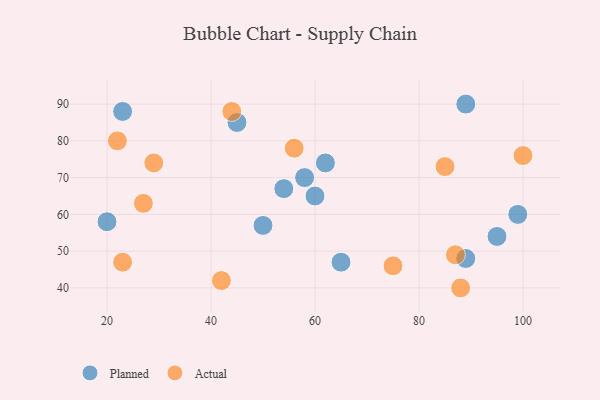
{"axis": {"x": "GDP", "y": "Life Expectancy"}, "legend": ["Actual", "Planned"], "data": [{"x": "95", "y": 54, "type": "Planned"}, {"x": "23", "y": 88, "type": "Planned"}, {"x": "60", "y": 65, "type": "Planned"}, {"x": "45", "y": 85, "type": "Planned"}, {"x": "20", "y": 58, "type": "Planned"}, {"x": "54", "y": 67, "type": "Planned"}, {"x": "65", "y": 47, "type": "Planned"}, {"x": "89", "y": 90, "type": "Planned"}, {"x": "89", "y": 48, "type": "Planned"}, {"x": "99", "y": 60, "type": "Planned"}, {"x": "62", "y": 74, "type": "Planned"}, {"x": "58", "y": 70, "type": "Planned"}, {"x": "50", "y": 57, "type": "Planned"}, {"x": "23", "y": 47, "type": "Actual"}, {"x": "22", "y": 80, "type": "Actual"}, {"x": "100", "y": 76, "type": "Actual"}, {"x": "27", "y": 63, "type": "Actual"}, {"x": "29", "y": 74, "type": "Actual"}, {"x": "88", "y": 40, "type": "Actual"}, {"x": "87", "y": 49, "type": "Actual"}, {"x": "75", "y": 46, "type": "Actual"}, {"x": "44", "y": 88, "type": "Actual"}, {"x": "42", "y": 42, "type": "Actual"}, {"x": "85", "y": 73, "type": "Actual"}, {"x": "56", "y": 78, "type": "Actual"}]}